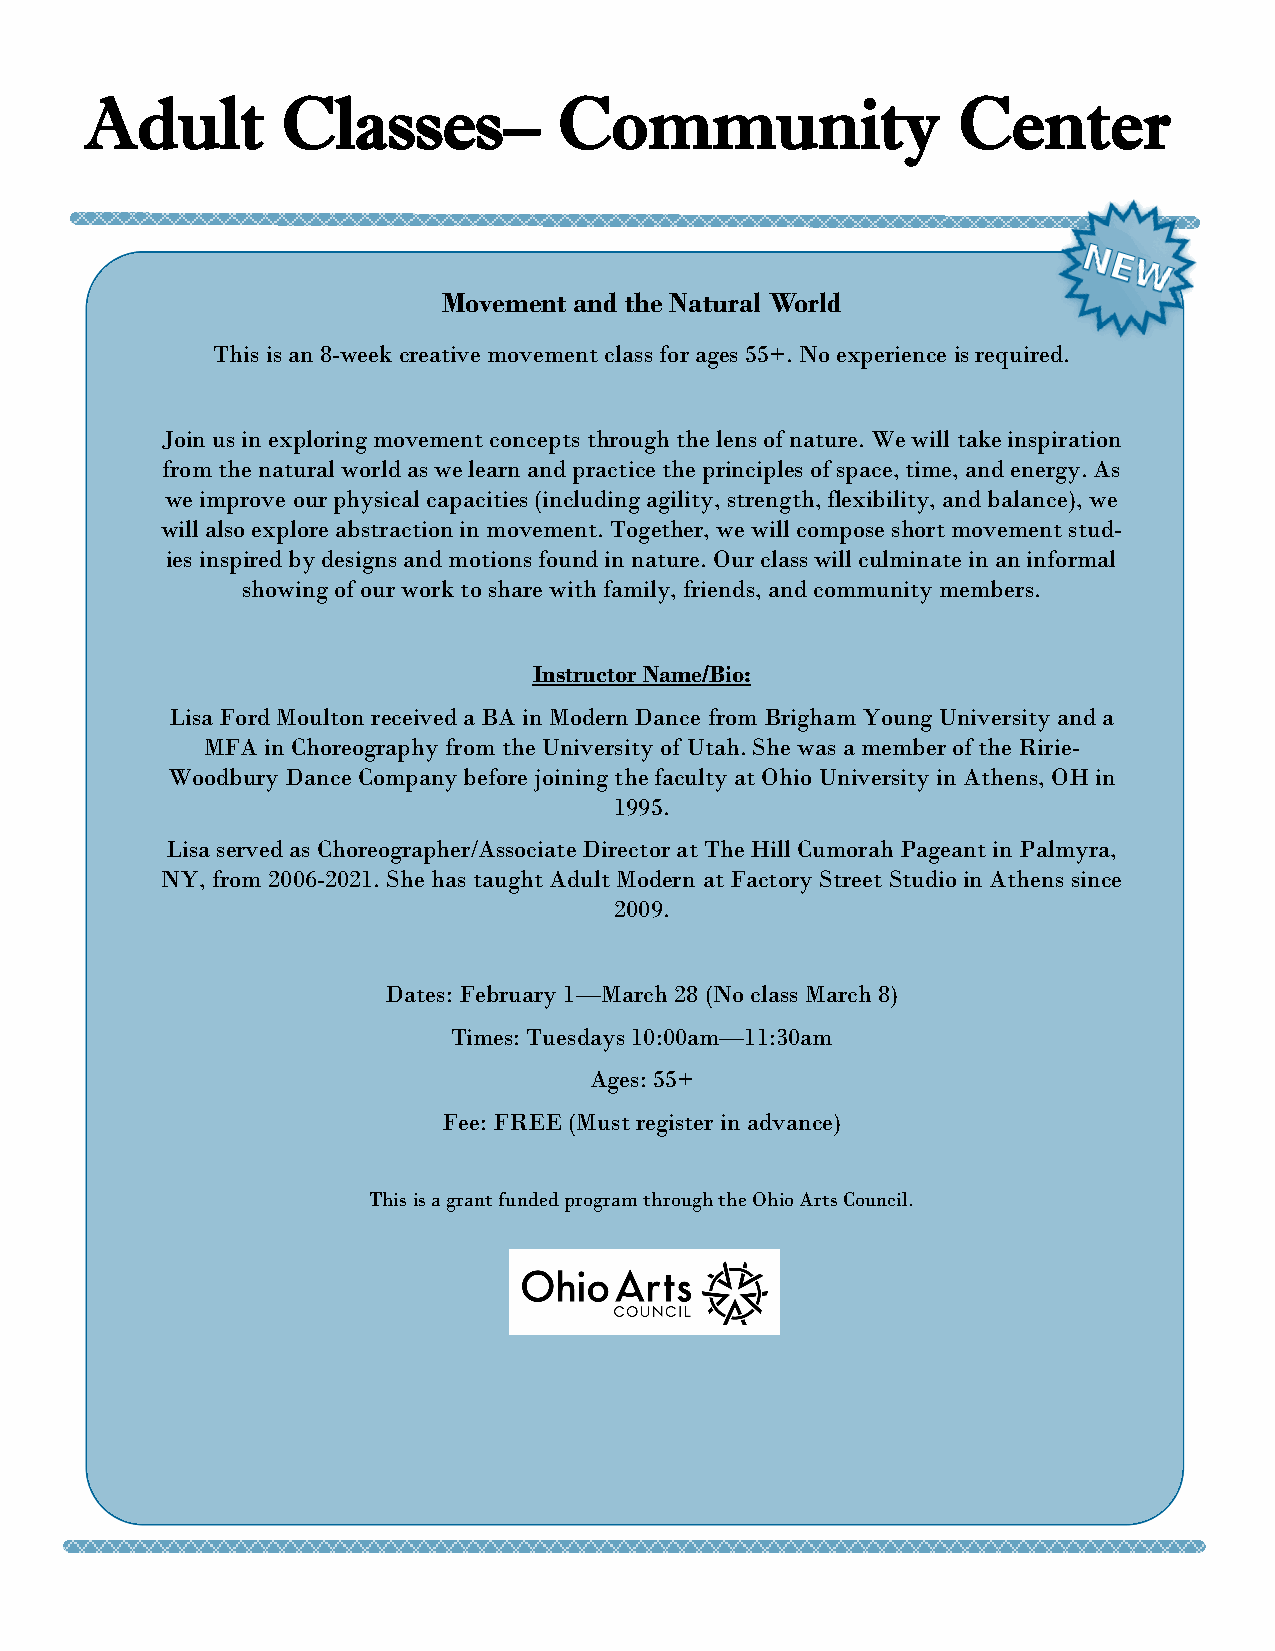
Adult        Classes–          Community                 Center
 Movement and the Natural World
 This is an 8-week creative movement class for ages 55+. No experience is required.
 Join us in exploring movement concepts through the lens of nature. We will take inspiration
 from the natural world as we learn and practice the principles of space, time, and energy. As
 we improve our physical capacities (including agility, strength, flexibility, and balance), we
 will also explore abstraction in movement. Together, we will compose short movement stud-
 ies inspired by designs and motions found in nature. Our class will culminate in an informal
 showing of our work to share with family, friends, and community members.
 Instructor Name/Bio:
 Lisa Ford Moulton received a BA in Modern Dance from Brigham Young University and a
 MFA  in Choreography from the University of Utah. She was a member of the Ririe-
 Woodbury Dance Company before joining the faculty at Ohio University in Athens, OH in
 1995.
 Lisa served as Choreographer/Associate Director at The Hill Cumorah Pageant in Palmyra,
 NY, from 2006-2021. She has taught Adult Modern at Factory Street Studio in Athens since
 2009.
 Dates: February 1—March 28 (No class March 8)
 Times: Tuesdays 10:00am—11:30am
 Ages: 55+
 Fee: FREE (Must register in advance)
 This is a grant funded program through the Ohio Arts Council.